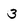
Character: 3